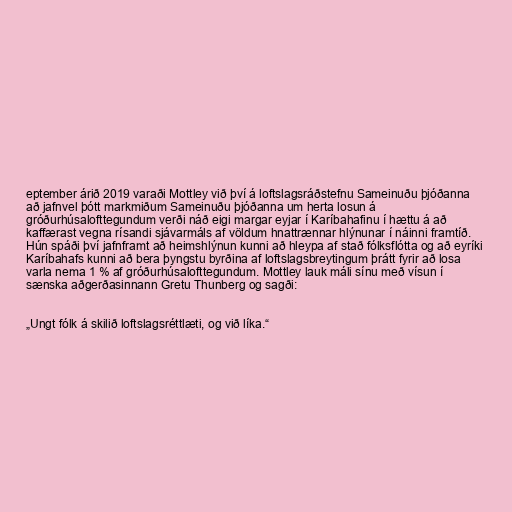
eptember árið 2019 varaði Mottley við því á loftslagsráðstefnu Sameinuðu þjóðanna
að jafnvel þótt markmiðum Sameinuðu þjóðanna um herta losun á
gróðurhúsalofttegundum verði náð eigi margar eyjar í Karíbahafinu í hættu á að
kaffærast vegna rísandi sjávarmáls af völdum hnattrænnar hlýnunar í náinni framtíð.
Hún spáði því jafnframt að heimshlýnun kunni að hleypa af stað fólksflótta og að eyríki
Karíbahafs kunni að bera þyngstu byrðina af loftslagsbreytingum þrátt fyrir að losa
varla nema 1 % af gróðurhúsalofttegundum. Mottley lauk máli sínu með vísun í
sænska aðgerðasinnann Gretu Thunberg og sagði:

„Ungt fólk á skilið loftslagsréttlæti, og við líka.“